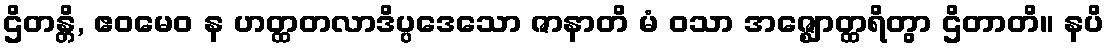
ဌိတန္တိ, ဧဝမေဝ န ဟတ္ထတလာဒိပ္ပဒေသော ဇာနာတိ မံ ဝသာ အဇ္ဈောတ္ထရိတွာ ဌိတာတိ။ နပိ